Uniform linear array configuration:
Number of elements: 8
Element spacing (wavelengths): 0.75
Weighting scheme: kaiser
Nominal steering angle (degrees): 30
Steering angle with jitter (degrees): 31.703
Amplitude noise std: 0.05
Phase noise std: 0.05

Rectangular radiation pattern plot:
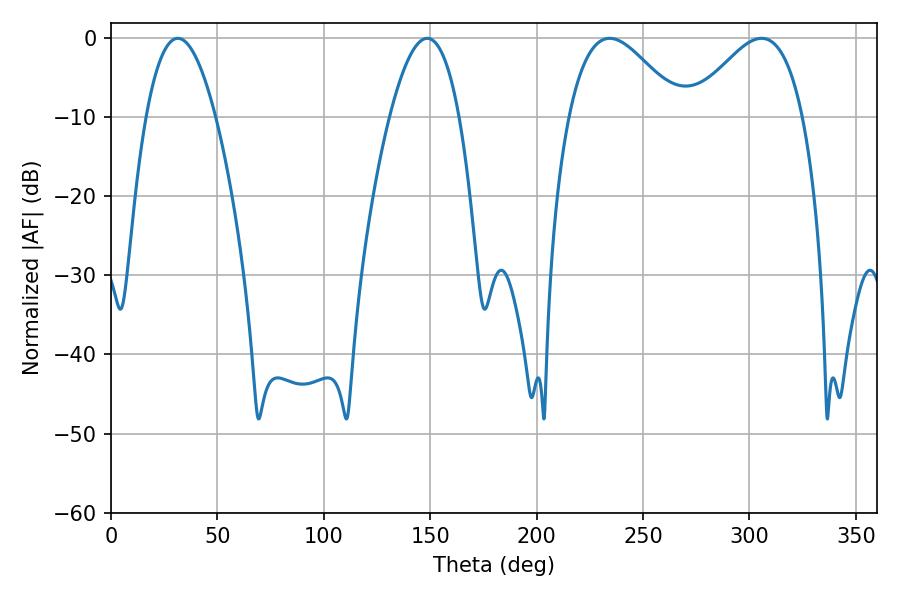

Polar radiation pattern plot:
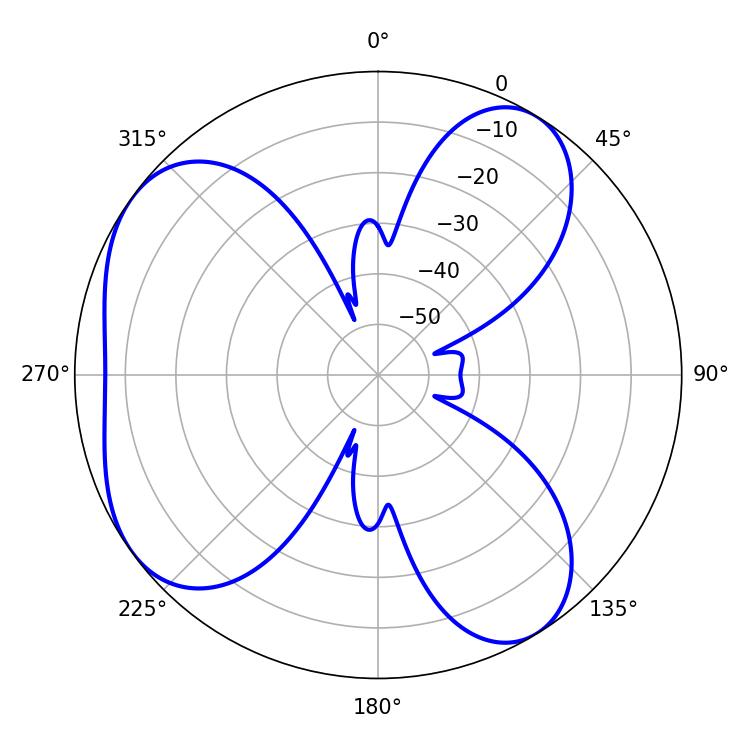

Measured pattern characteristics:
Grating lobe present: TRUE
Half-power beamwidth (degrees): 28.26
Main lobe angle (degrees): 305.64